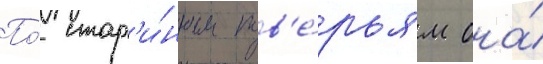
По́ стар'и́нным пов'е́рьям она́